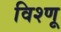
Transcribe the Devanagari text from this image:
विश्णू